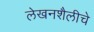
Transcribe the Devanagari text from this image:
लेखनशैलीचे